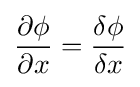
{\frac {\partial \phi }{\partial x}}={\frac {\delta \phi }{\delta x}}